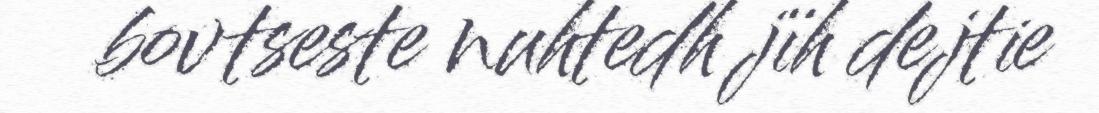
bovtseste nuhtedh jïh dejtie